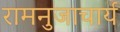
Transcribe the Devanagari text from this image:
रामनुजाचार्य